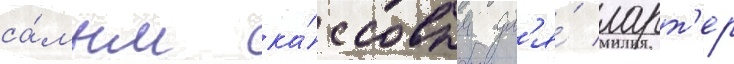
са́мым ка́ссовым дл'я́ ларт'ер